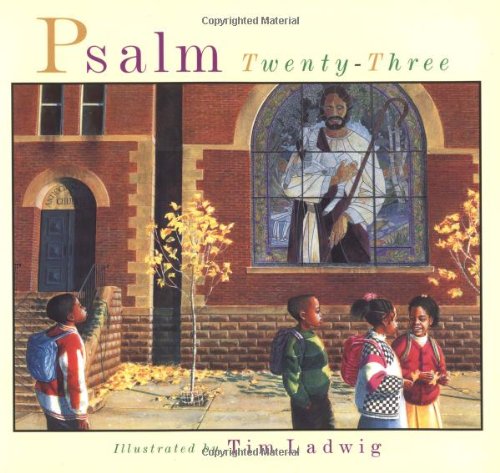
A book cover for Psalm Twenty-Three; Religion & Spirituality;